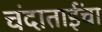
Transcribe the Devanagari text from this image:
चंदाताईंचा